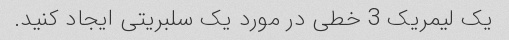
یک لیمریک 3 خطی در مورد یک سلبریتی ایجاد کنید.